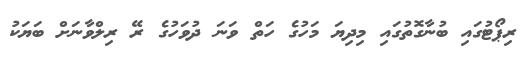
ރިޕޯޓުގައި ބުނާގޮތުގައި މިދިޔަ މަހުގެ ހަތް ވަނަ ދުވަހުގެ ރޭ ރިލްވާނަށް ބަޔަކު